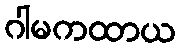
ဂါမကထာယ